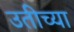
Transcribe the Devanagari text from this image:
उतीच्या